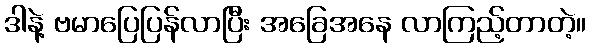
ဒါနဲ့ ဗမာပြေပြန်လာပြီး အခြေအနေ လာကြည့်တာတဲ့။